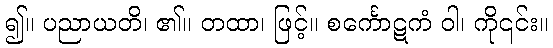
၍။ ပညာယတိ၊ ၏။ တထာ၊ ဖြင့်။ စင်္ကောဋကံ ဝါ၊ ကို၎င်း။